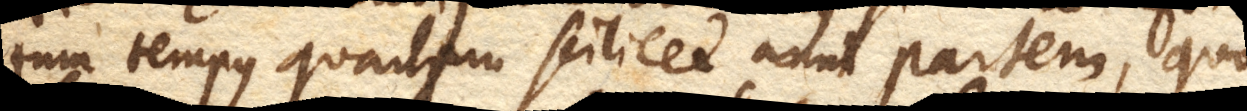
tum tempus quartam scilicet anni partem, quo